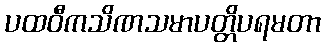
ပထဝီကသိဏသမာပတ္တိပရမတာ